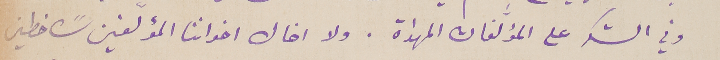
وفي الشكر على المؤلّفات المهداة. ولا اخال اخواننا المؤلّفين سًاخطين